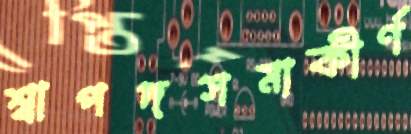
শ্বাপদসমাকীর্ণ